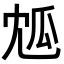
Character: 𤫯